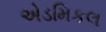
એડમિકલ